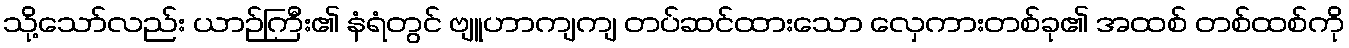
သို့သော်လည်း ယာဉ်ကြီး၏ နံရံတွင် ဗျူဟာကျကျ တပ်ဆင်ထားသော လှေကားတစ်ခု၏ အထစ် တစ်ထစ်ကို